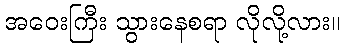
အဝေးကြီး သွားနေစရာ လိုလို့လား။